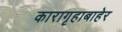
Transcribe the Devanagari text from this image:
कारागृहाबाहेर